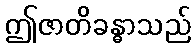
ဤဇာတိခန္ဓာသည်